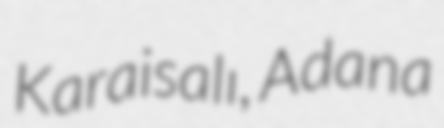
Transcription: Karaisalı, Adana